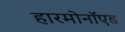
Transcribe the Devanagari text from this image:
हारमोनॉएड